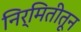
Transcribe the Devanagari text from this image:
निर्मितीतून